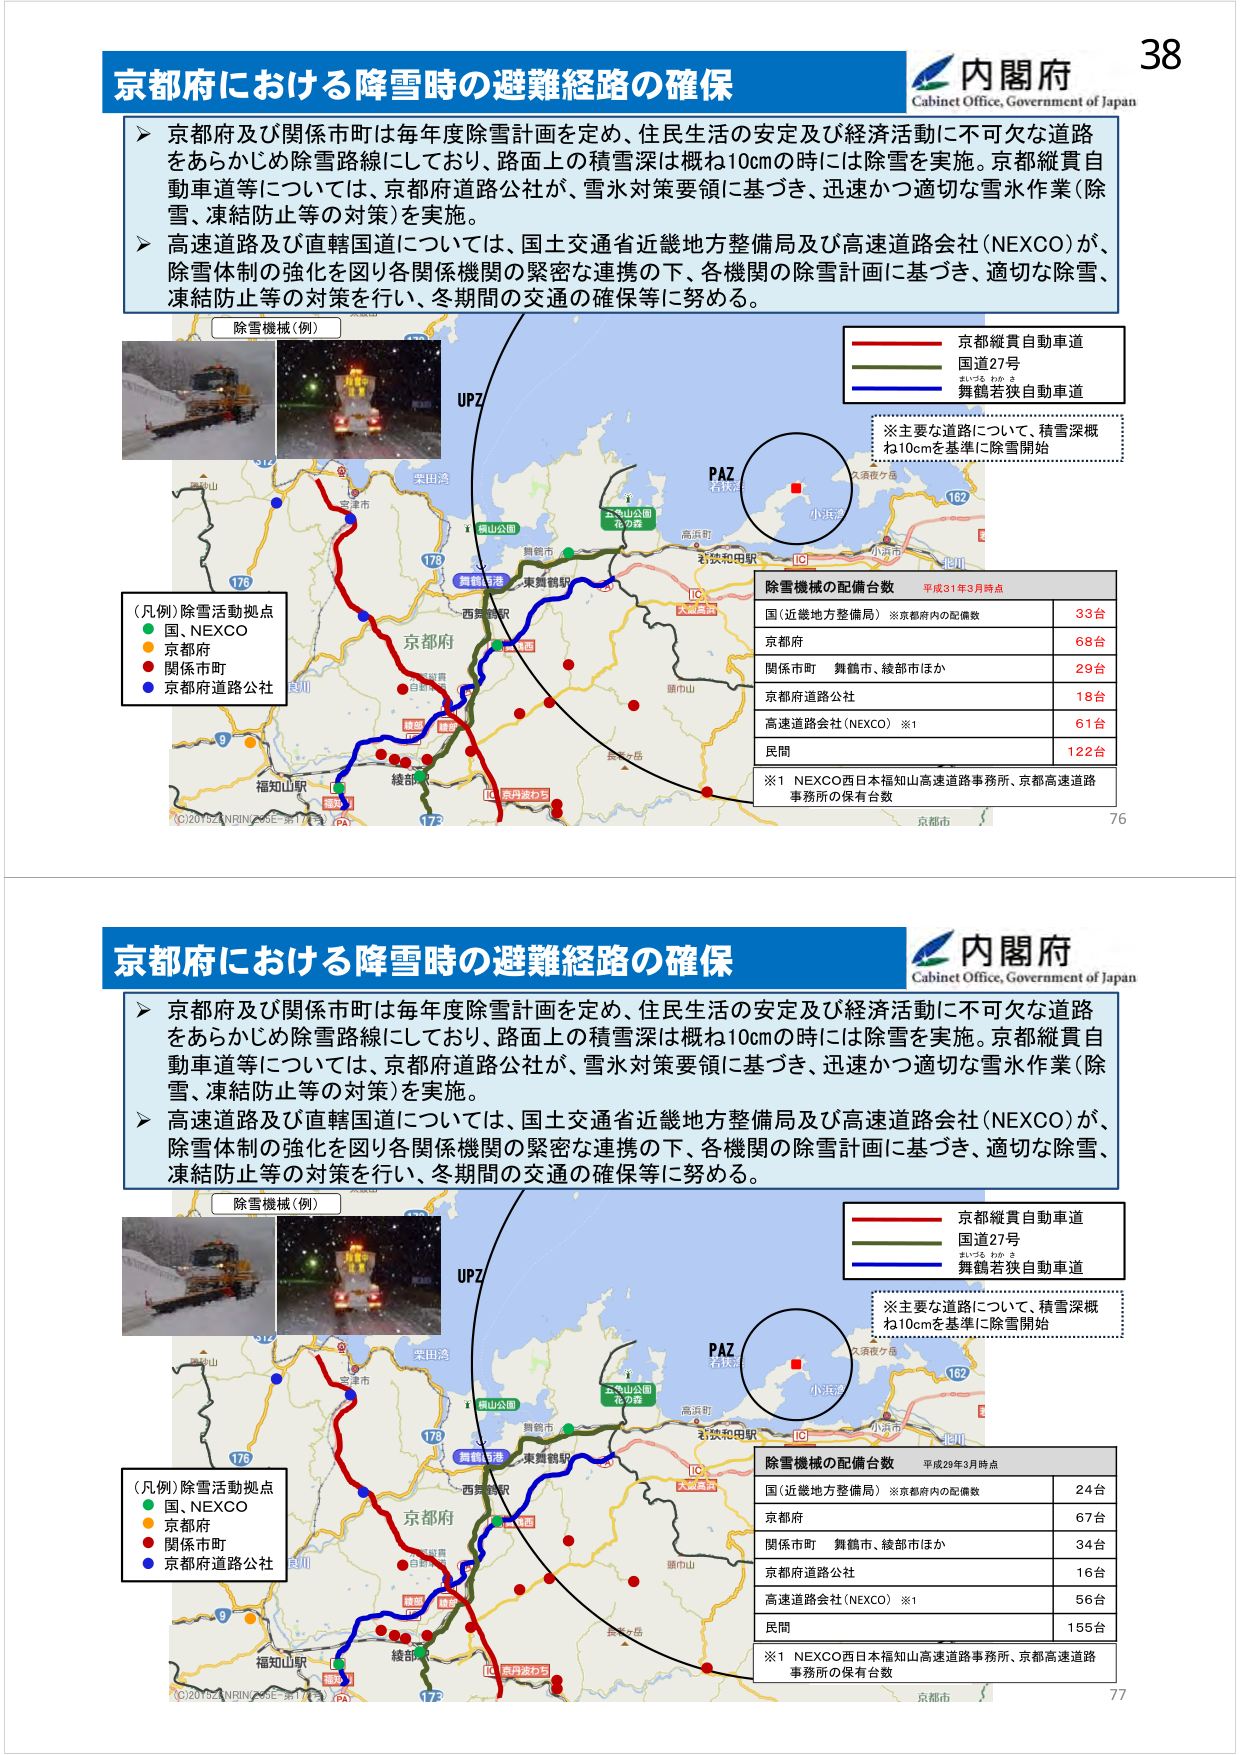
京都府における降雪時の避難経路の確保
内閣府
Cabinet Office, Government of Japan
京都府及び関係市町は毎年度除雪計画を定め、住民生活の安定及び経済活動に不可欠な道路
をあらかじめ除雪路線にしており、路面上の積雪深は概ね10cmの時には除雪を実施。京都縦貫自
動車道等については、京都府道路公社が、雪氷対策要領に基づき、迅速かつ適切な雪氷作業（除
雪、凍結防止等の対策）を実施。
高速道路及び直轄国道については、国土交通省近畿地方整備局及び高速道路会社（NEXCO）が、
除雪体制の強化を図り各関係機関の緊密な連携の下、各機関の除雪計画に基づき、適切な除雪、
凍結防止等の対策を行い、冬期間の交通の確保等に努める。
除雪機械（例）
京都縦貫自動車道
国道27号
舞鶴若狭自動車道
※主要な道路について、積雪深概
ね10cmを基準に除雪開始
（凡例）除雪活動拠点
国、NEXCO
京都府
関係市町
京都府道路公社
除雪機械の配備台数 平成31年3月時点
国（近畿地方整備局） ※京都府内の配備数 33台
京都府 68台
関係市町 舞鶴市、綾部市ほか 29台
京都府道路公社 18台
高速道路会社（NEXCO）※1 61台
民間 122台
※1 NEXCO西日本福知山高速道路事務所、京都高速道路
事務所の保有台数
京都府における降雪時の避難経路の確保
内閣府
Cabinet Office, Government of Japan
京都府及び関係市町は毎年度除雪計画を定め、住民生活の安定及び経済活動に不可欠な道路
をあらかじめ除雪路線にしており、路面上の積雪深は概ね10cmの時には除雪を実施。京都縦貫自
動車道等については、京都府道路公社が、雪氷対策要領に基づき、迅速かつ適切な雪氷作業（除
雪、凍結防止等の対策）を実施。
高速道路及び直轄国道については、国土交通省近畿地方整備局及び高速道路会社（NEXCO）が、
除雪体制の強化を図り各関係機関の緊密な連携の下、各機関の除雪計画に基づき、適切な除雪、
凍結防止等の対策を行い、冬期間の交通の確保等に努める。
除雪機械（例）
京都縦貫自動車道
国道27号
舞鶴若狭自動車道
※主要な道路について、積雪深概
ね10cmを基準に除雪開始
（凡例）除雪活動拠点
国、NEXCO
京都府
関係市町
京都府道路公社
除雪機械の配備台数 平成29年3月時点
国（近畿地方整備局） ※京都府内の配備数 24台
京都府 67台
関係市町 舞鶴市、綾部市ほか 34台
京都府道路公社 16台
高速道路会社（NEXCO）※1 56台
民間 155台
※1 NEXCO西日本福知山高速道路事務所、京都高速道路
事務所の保有台数
38
76
77